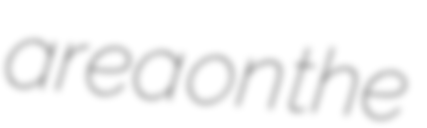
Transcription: area on the